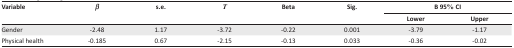
<table><thead><tr><td rowspan="2"><b>Variable</b></td><td rowspan="2"><b><i>β</i></b></td><td rowspan="2"><b>s.e.</b></td><td rowspan="2"><b><i>T</i></b></td><td rowspan="2"><b>Beta</b></td><td rowspan="2"><b>Sig.</b></td><td colspan="2"><b>B 95% CI</b></td></tr><tr><td><b>Lower</b></td><td><b>Upper</b></td></tr></thead><tbody><tr><td>Gender</td><td>−2.48</td><td>1.17</td><td>−3.72</td><td>−0.22</td><td>0.001</td><td>−3.79</td><td>−1.17</td></tr><tr><td>Physical health</td><td>−0.185</td><td>0.67</td><td>−2.15</td><td>−0.13</td><td>0.033</td><td>−0.36</td><td>−0.02</td></tr></tbody></table>